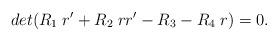
LaTeX: \begin{align*}det(R_1 \; r' +R_2 \; r r' - R_3 -R_4 \; r)=0 .\end{align*}